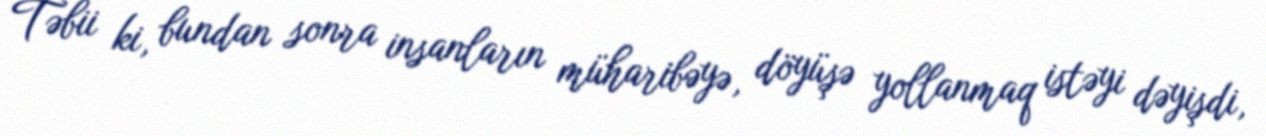
Təbii ki, bundan sonra insanların müharibəyə, döyüşə yollanmaq istəyi dəyişdi,